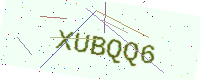
Text: XUBQQ6